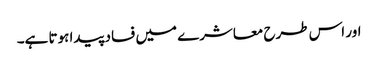
اور اس طرح معاشرے میں فساد پیدا ہوتا ہے۔